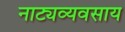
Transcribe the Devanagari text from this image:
नाट्यव्यवसाय